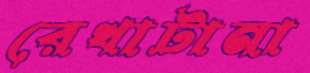
রেখাটানা